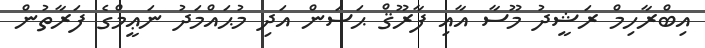
އިބްރާހިމް ރަޝީދު މޫސާ އާއި ފާރޫޤް ޙަސަން އަދި މުޙައްމަދު ނަޢީމްގެ ފަރާތުން